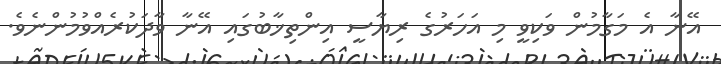
އޭނާ އެ މަގާމުން ވަކިވީ މި އަހަރުގެ ރިޔާސީ އިންތިޚާބުގައި އޭނާ ވާދަކުރެއްވުމުންނެވެ.